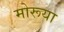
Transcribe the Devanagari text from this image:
मोरूया